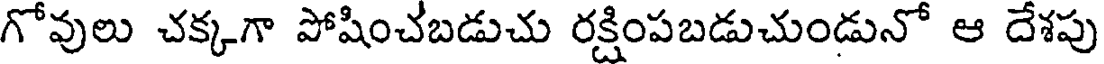
గోవులు చక్కగా పోషించబడుచు రక్షింపబడుచుండునో ఆ దేశపు